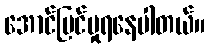
အောင်မြင်မှုရနေပါတယ်။